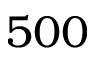
5 0 0